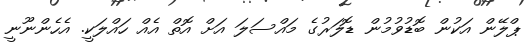
ޕްލޭން އަކުން ބޮޑުވުމުން ޑޮލަރުގެ މައްސަލަ އަށް އޮތް އެއް ހައްލަކީ. އެހެންނޫނީ